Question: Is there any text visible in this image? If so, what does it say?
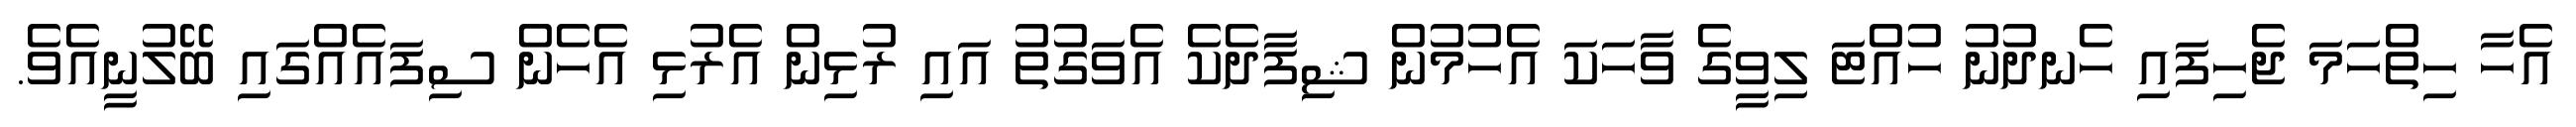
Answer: އެހާ ހިތްހަމަ ޖެހިފައި ހެނދުނު ހުއްޓަ ލިވީގެ ވާހަކަ އެހުމުން ޝިފާދެކެ އެވަގުތު އައި ރުޅިން އެރުޅި އެހެން ސިފައެއްގައި ބޭލުނީއެވެ.